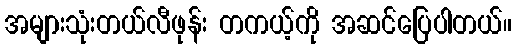
အများသုံးတယ်လီဖုန်း တကယ့်ကို အဆင်ပြေပါတယ်။